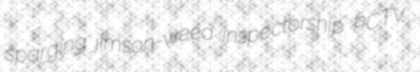
sparging jimson-weed inspectorship PCTV